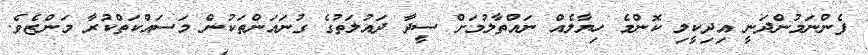
ފެންނަމުންދަނީ އިދިކީލި ކޮންމެ ހިޔާލެއް ނައްތާލުމަށް ސީދާ ދައުލަތުގެ ގުނައަންތަކުން މަސައްކަތްކުރާ މަންޒެވެ.